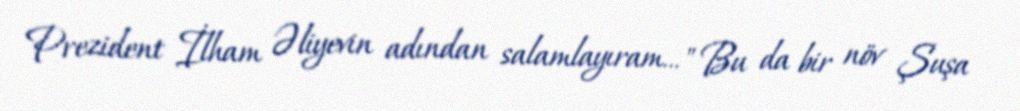
Prezident İlham Əliyevin adından salamlayıram..." Bu da bir növ Şuşa